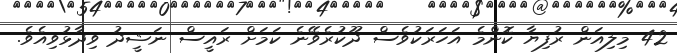
42 މިލިއަން ރުފިޔާ ކޮންމެ އަހަރަކުވެސް ދޫކުރެވޭނެ ކަމަށް ރައީސް ނަޝީދު ވިދާޅުވިއެވެ.